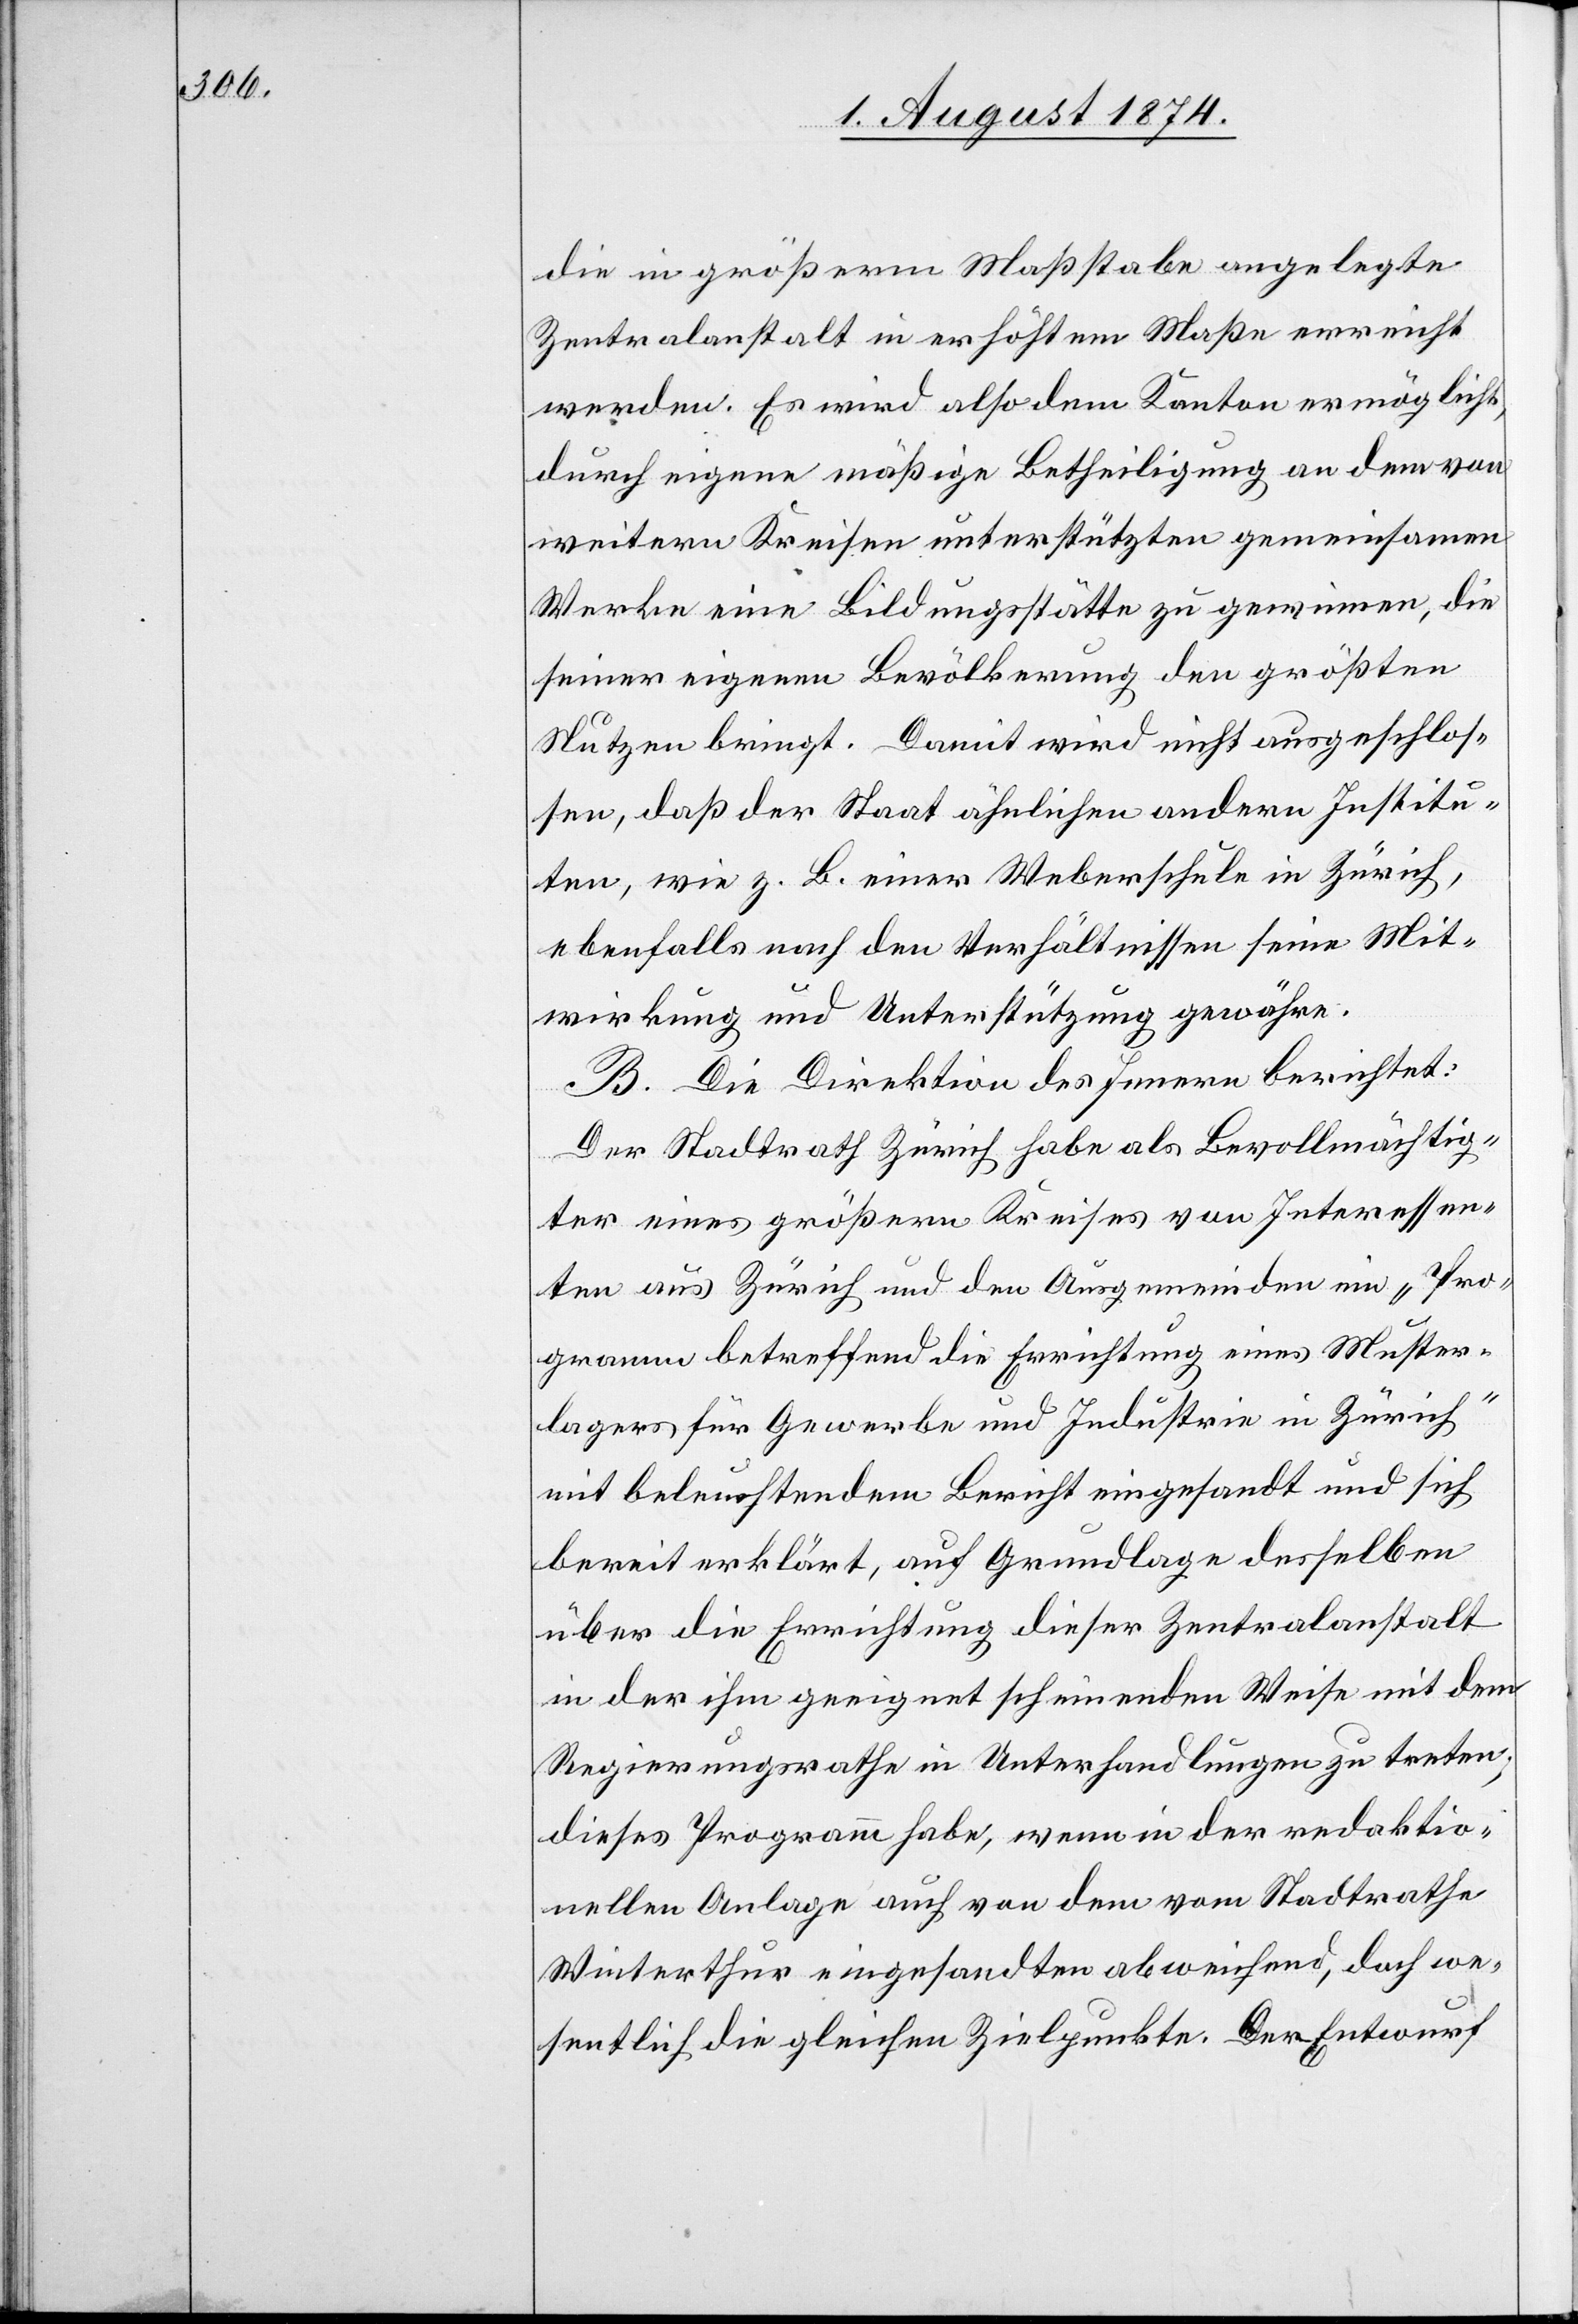
die in größerm Maßstabe angelegte
Zentralanstalt in erhöhtem Maße erreicht
werden. Es wird also dem Kanton ermöglicht,
durch eigene mäßige Betheiligung an dem von
weitern Kreisen unterstützten gemeinsamen
Werke eine Bildungsstätte zu gewinnen, die
seiner eigenen Bevölkerung den größten
Nutzen bringt. Damit wird nicht ausgeschlos¬
sen, daß der Staat ähnlichen andern Institu¬
ten, wie z. B. einer Weberschule in Zürich,
ebenfalls nach den Verhältnissen seine Mit¬
wirkung und Unterstützung gewähre.
B. Die Direktion des Innern berichtet:
Der Stadtrath Zürich habe als Bevollmächtig¬
ter eines größern Kreises von Interessen¬
ten aus Zürich und den Ausgemeinden ein „Pro¬
gramm betreffend die Errichtung eines Muster¬
lagers für Gewerbe und Industrie in Zürich“
mit beleuchtendem Bericht eingesandt und sich
bereit erklärt, auf Grundlage desselben
über die Errichtung dieser Zentralanstalt
in der ihm geeignet scheinenden Weise mit dem
Regierungsrathe in Unterhandlungen zu treten;
dieses Programm habe, wenn in der redaktio¬
nellen Anlage auch von dem vom Stadtrathe
Winterthur eingesandten abweichend, doch we¬
sentlich die gleichen Zielpunkte. Der Entwurf